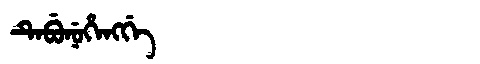
Manchu: ᡨᡝᠪᡠᠨᡠᡥᡝᠩᡤᡝ
Romanization: TEBUNUHENGGE